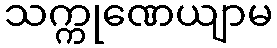
သက္ကုဏေယျာမ